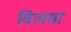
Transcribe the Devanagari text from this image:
विलमा